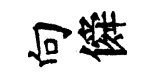
向僢